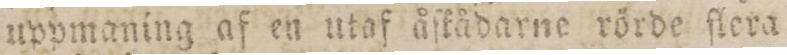
uppmaning af en utaf åſkådarne rörde ſlera